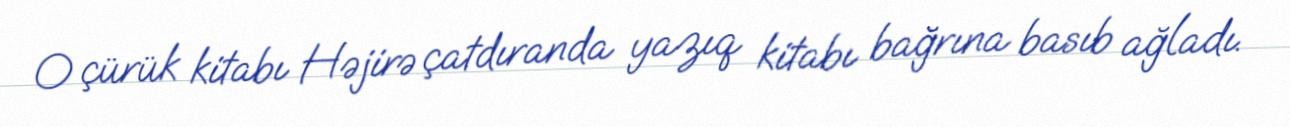
O çürük kitabı Həjirə çatdıranda yazıq kitabı bağrına basıb ağladı.